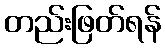
တည်းဖြတ်ရန်